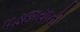
પડછાયાની